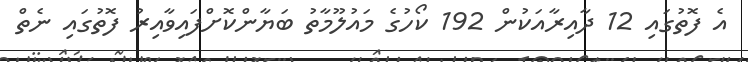
އެ ފޮތުގައި 12 ދާއިރާއަކުން 192 ކޯހުގެ މައުލޫމާތު ބަޔާންކޮށްފައިވާއިރު ފޮތުގައި ނެތް